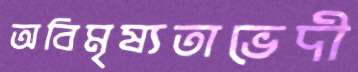
অবিমৃষ্যতাভেদী